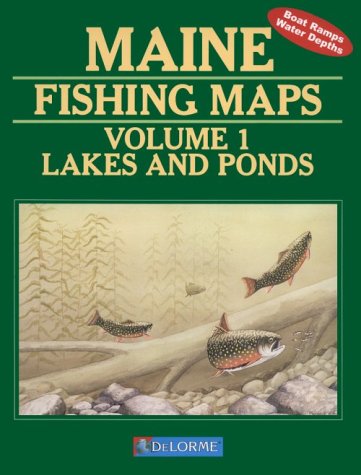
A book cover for Maine Fishing Map Book: Lakes and Ponds (Maine Fishing Map Books); Delorme Publishing Company; Travel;